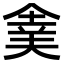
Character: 𠌉